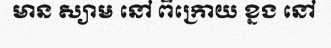
មាន ស្យាម នៅ ពីក្រោយ ខ្នង នៅ